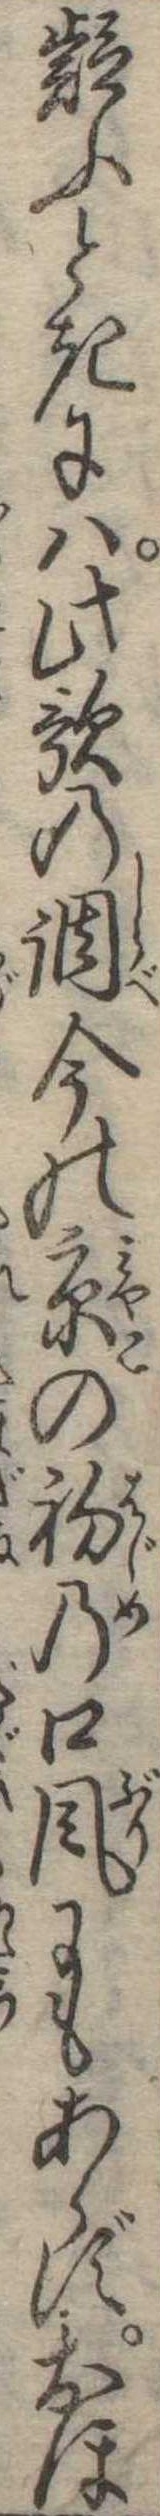
疑ふときには此歌の調今の京の初の口風にもあらずおほ